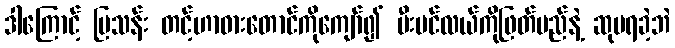
ဒါကြောင့် မြသန်း တင့်ဟာဓားတောင်ကိုကျော်၍ မီးပင်လယ်ကိုဖြတ်မည်နဲ့ ဆုမရခဲ့ဘဲ